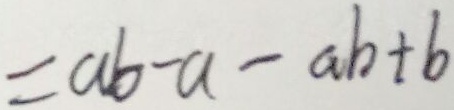
= a b - a - a b + b